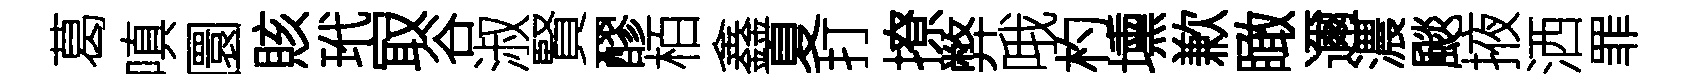
葛嗔圜賅玳㝡谷淑賢醪栢鑫夏打撩弊哦杓壎歉瞰邇濃颷掖洒罪